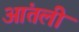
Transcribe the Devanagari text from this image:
आंतली